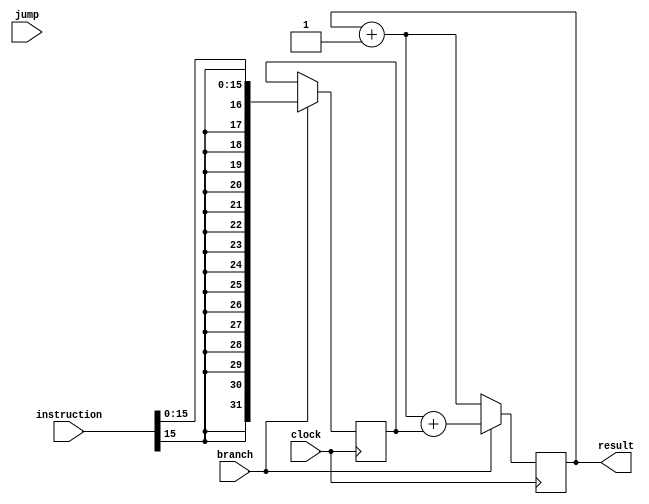
module pc(result,instruction,branch,jump,clock);

output reg[31:0] result;
input [31:0] instruction;
input clock,branch,jump;
reg [15:0] extend;
reg [31:0] add_one;
reg [31:0] ex;

initial begin
	 result = 32'b00000000000000000000000000000000;
	 add_one = 32'b00000000000000000000000000000001;
	 
end
	always @(posedge clock)
		begin
			result = result + add_one; // PC+1
			if (branch == 1'b1)
				begin
				ex <= $signed(instruction[15:0]); // sign extend
				result <= result + ex;
				end
			//if (jump == 1'b1)
				
		end

endmodule